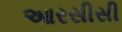
આરસીસી